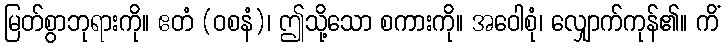
မြတ်စွာဘုရားကို။ ဧတံ (ဝစနံ)၊ ဤသို့သော စကားကို။ အဝေါစုံ၊ လျှောက်ကုန်၏။ ကိံ